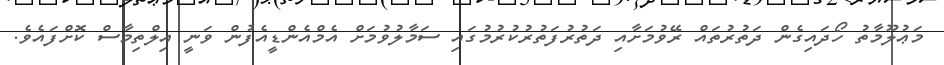
މަޢުލޫމާތު ހޯދައިގެން ދަތުރުތައް ރޭވުމަށާއި ދަތުރުފަތުރުކުރުމުގައި ސަމާލުވުމަށް އެމްއެންޑީއެފުން ވަނީ އިލްތިމާސް ކޮށްފައެވެ.